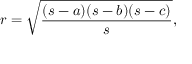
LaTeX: r = { \sqrt { \frac { ( s - a ) ( s - b ) ( s - c ) } { s } } } ,